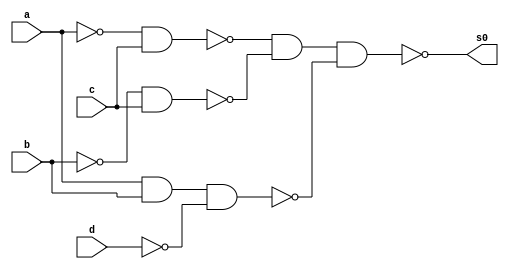
// -----------------------------------------------------------------------------------------------------------------------
// Guia 08 - Exericio 04
// Nome: Bruno Csar Lopes Silva - 415985
// -----------------------------------------------------------------------------------------------------------------------

//-----------------
//-- Simplificacao
//-----------------

module simplificacao(s0, a, b, c, d);

output s0;
input a, b, c, d;

wire s1, s2, s3, s4, s5, s6;

nand NAND1(s1, a, a);
nand NAND2(s2, b, b);
nand NAND3(s3, d, d);
nand NAND4(s4, s1, c);
nand NAND5(s5, s2, c);
nand NAND6(s6, a, b, s3);
nand NAND7(s0, s4, s5, s6);

endmodule //--fim module simplificacao

//-----------------------
//-- Teste Simplificacao
//-----------------------

module testesimplificacao;

reg a, b, c, d;
wire s0, s1, s2, s3, s4, s5, s6;

//--instncia
simplificacao SP1 (s0, a, b, c, d);

initial begin:start
a=0; b=0; c=0; d=0;    
end

//-- parte principal
initial begin:main
$display("Guia 08 - Exercicio 04 ");
$display("Bruno Cesar Lopes Silva - 415985");
$display("Simplificacao por Quine-McCluskey da funcao = f ( a, b, c, d ) = SoP ( m( 2, 3, 6, 7, 10, 11, 12, 14 ) ) usando nand");
$display("\na b c d = s0\n");
$monitor("%b %b %b %b = %b", a, b, c, d, s0);
#1 a=0; b=0; c=0; d=1;
#1 a=0; b=0; c=1; d=0;
#1 a=0; b=0; c=1; d=1;
#1 a=0; b=1; c=0; d=0;
#1 a=0; b=1; c=0; d=1;
#1 a=0; b=1; c=1; d=0;
#1 a=0; b=1; c=1; d=1;
#1 a=1; b=0; c=0; d=0;
#1 a=1; b=0; c=0; d=1;
#1 a=1; b=0; c=1; d=0;
#1 a=1; b=0; c=1; d=1;
#1 a=1; b=1; c=0; d=0;
#1 a=1; b=1; c=0; d=1;
#1 a=1; b=1; c=1; d=0;
#1 a=1; b=1; c=1; d=1;

end
 
endmodule //-- fim teste simplificacao